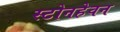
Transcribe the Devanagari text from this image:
स्टोनहेवन